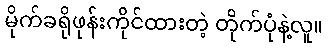
မိုက်ခရိုဖုန်းကိုင်ထားတဲ့ တိုက်ပုံနဲ့လူ။